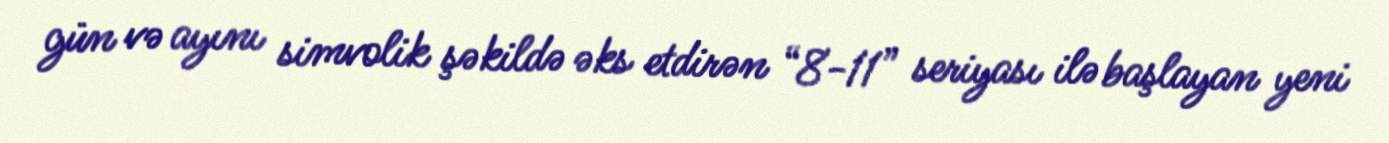
gün və ayını simvolik şəkildə əks etdirən “8-11” seriyası ilə başlayan yeni